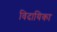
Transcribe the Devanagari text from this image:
विदायिका